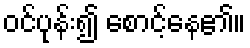
ဝင်ပုန်း၍ စောင့်နေ၏။